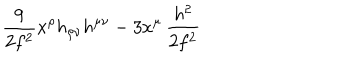
{ \frac { 9 } { 2 f ^ { 2 } } } x ^ { \rho } h _ { \rho \nu } h ^ { \mu \nu } - 3 x ^ { \mu } \, { \frac { h ^ { 2 } } { 2 f ^ { 2 } } }